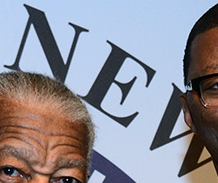
NEW